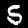
Digit: 5